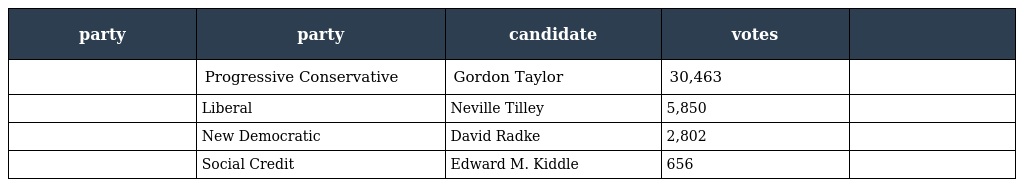
| party | party | candidate | votes |  |
 | --- | --- | --- | --- | --- |
 |  | Progressive Conservative | Gordon Taylor | 30,463 |  |
 |  | Liberal | Neville Tilley | 5,850 |  |
 |  | New Democratic | David Radke | 2,802 |  |
 |  | Social Credit | Edward M. Kiddle | 656 |  |